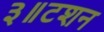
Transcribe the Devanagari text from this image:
३॥टशन